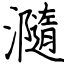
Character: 瀡